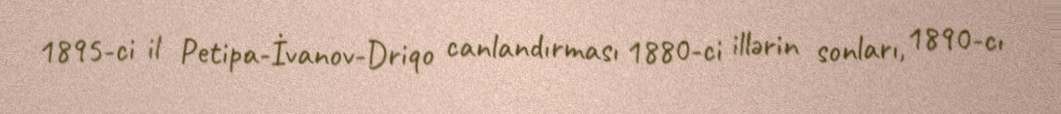
1895-ci il Petipa-İvanov-Driqo canlandırması 1880-ci illərin sonları, 1890-cı